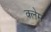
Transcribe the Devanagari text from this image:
क्‍लेम